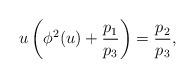
LaTeX: \begin{gather*}u\left(\phi^{2}(u)+\frac{p_{1}}{p_{3}}\right)=\frac{p_{2}}{p_{3}},\end{gather*}